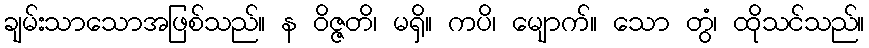
ချမ်းသာသောအဖြစ်သည်။ န ဝိဇ္ဇတိ၊ မရှိ။ ကပိ၊ မျောက်။ သော တွံ၊ ထိုသင်သည်။